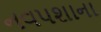
નવપશાના